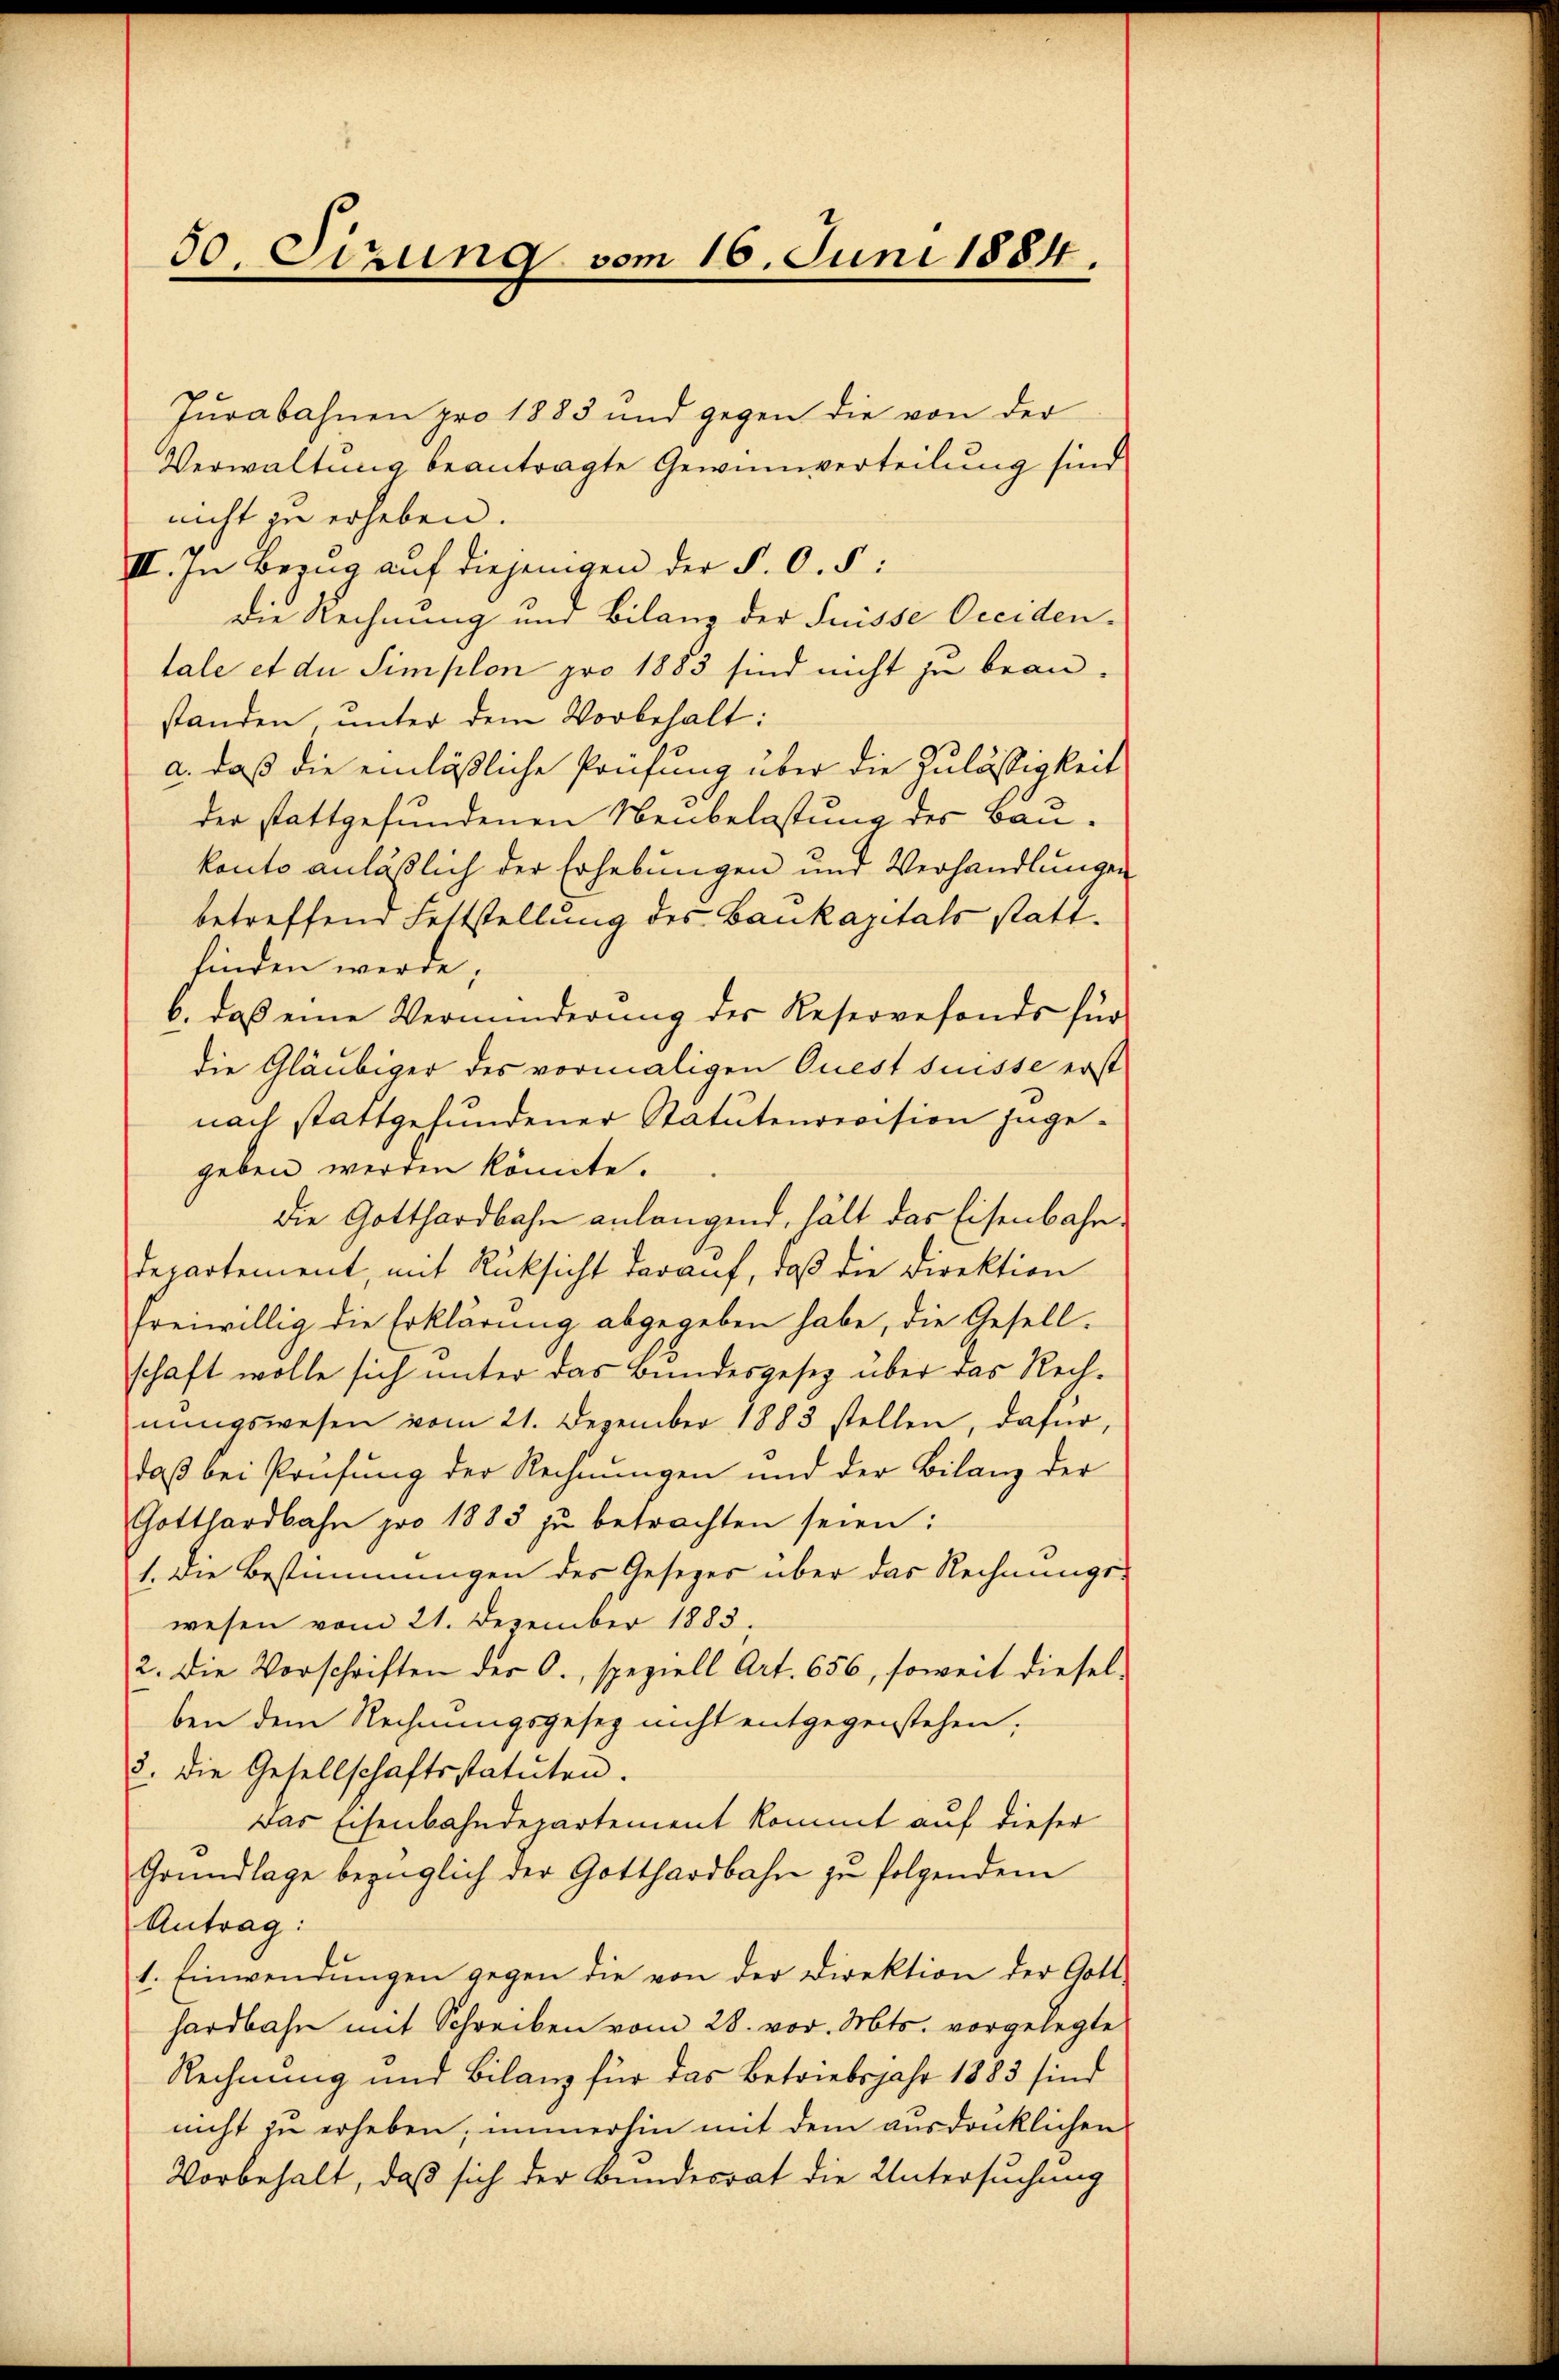
50. Sizung vom 16. Juni 1884.

Jurabahnen pro 1883 und gegen die von der
Verwaltung beantragte Gewinnverteilung sind
nicht zu erheben.
II. In Bezug auf diejenigen der P. O. 5:
Die Rechnung und Bilanz der Suisse Occiden.
tale et du Simplon pro 1883 sind nicht zu beanstanden, unter dem Vorbehalt:
a. daß die einläßliche Prüfung über die Zulässigkeit
der stattgefundenen Neubelastung des Baukonto anläßlich der Erhebungen und Verhandlungen
betreffend Lettstellung des Baukapitals stattfinden werde,
b. daß eine Verminderung des Reservefonds für
die Gläubiger des vormaligen Quest suisse erst
nach stattgefundener Statutenrevision zugegeben werden könnte.
die Gotthardbahn anlangend, hält das Eisenbahndepartement, mit Rüksicht darauf, daß die Direktion
freiwillig die Erklärung abgegeben habe, die Gesellschaft wolle sich unter das Bundesgesetz über das Rechnŭngswesen vom 21. Dezember 1883 stellen, dafür,
daß bei Prüfung der Rechnungen und der Bilanz der
Gotthardbahn pro 1883 zu betrachten seien:
1. die Bestimmungen des Gesezes über das Rechnungs-
wesen vom 21. Dezember 1883.
2. Die Vorschriften der O., speziell Art. 656, soweit diesel-
ben dem Rechnungsgesez nicht entgegenstehen,
3. Die Gesellschaftsstatuten.
Das Eisenbahndepartement kommt auf dieser
Grundlage bezüglich der Gotthardbahn zu folgendem
Antrag:
1. Einwendŭngen gegen die von der Direktion der Gott-
hardbahn mit Schreiben vom 28. vor. Mts. vorgelegte
Rechnung und Bilanz für das Betriebsjahr 1883 sind
nicht zu erheben, immerhin mit dem ausdrücklichen
Vorbehalt, daß sich der Bundesrat die Untersuchung